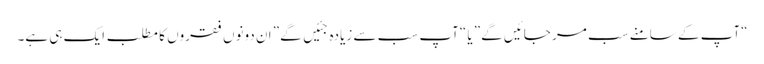
“آپ کے سامنے سب مر جائیں گے” یا “آپ سب سے زیادہ جئیں گے” ان دونوں فقروں کا مطلب ایک ہی ہے۔